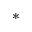
\ast